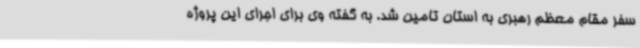
سفر مقام معظم رهبری به استان تامین شد. به گفته وی برای اجرای این پروژه